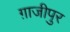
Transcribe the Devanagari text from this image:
ग़ाजीपुर